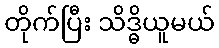
တိုက်ပြီး သိဒ္ဓိယူမယ်